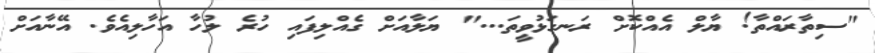
"ސިތާރައްތާ! ޔާލް އެއްކޮށް ރަނގަޅުވީތަ..." ޔަލާއަށް ގެއްލިފައި ހުރެ ލުހާ އަހާލިއެވެ. އޭނާއަށް